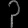
Digit: ၃